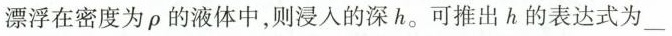
漂浮在密度为 ρ 的液体中，则浸入的深 h。可推出 h 的表达式为___